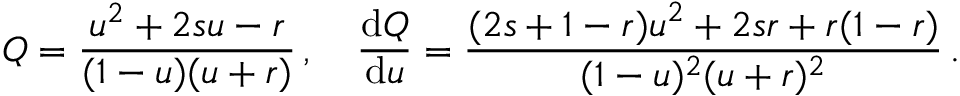
Q = \frac { u ^ { 2 } + 2 s u - r } { ( 1 - u ) ( u + r ) } \, , \quad \frac { \mathrm { d } Q } { \mathrm { d } u } = \frac { ( 2 s + 1 - r ) u ^ { 2 } + 2 s r + r ( 1 - r ) } { ( 1 - u ) ^ { 2 } ( u + r ) ^ { 2 } } \, .